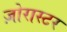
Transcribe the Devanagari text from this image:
ज़ोरास्टर